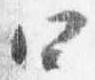
四